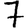
Digit: 7